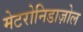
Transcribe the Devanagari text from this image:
मेटरोनिडाज़ोल